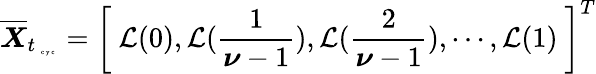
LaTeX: \overline{{\boldsymbol X}}_{t_{\mathrm{~\tiny~c~y~c~}}}=\left[~\mathcal L(0),\mathcal L(\frac{1}{\boldsymbol\nu-1}),\mathcal L(\frac{2}{\boldsymbol\nu-1}),\cdots,\mathcal L(1)~\right]^{T}